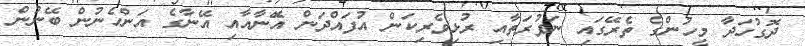
ދޮގުހަދާ މީހުންގެ ތެރޭގައި ނަފުރަތާއި ރުޅިވެރިކަން އުފައްދަން އޭޮނާއާއި އޭނާގެ އަންހެނުން ބޭނުން